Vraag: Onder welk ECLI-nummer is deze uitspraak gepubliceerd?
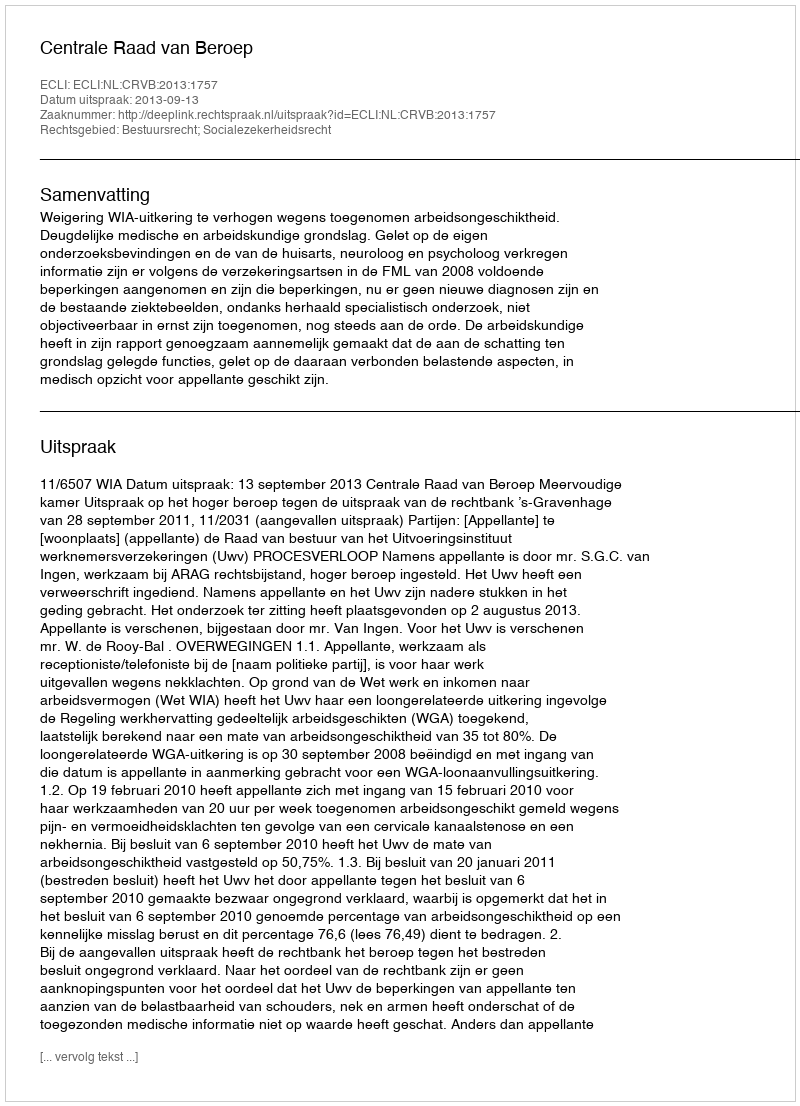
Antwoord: ECLI:NL:CRVB:2013:1757